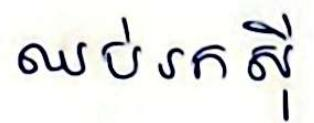
ឈប់រកស៊ី